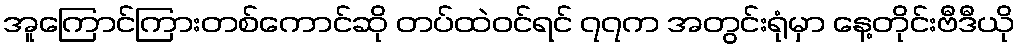
အူကြောင်ကြားတစ်ကောင်ဆို တပ်ထဲဝင်ရင် ၇၇က အတွင်းရုံမှာ နေ့တိုင်းဗီဒီယို